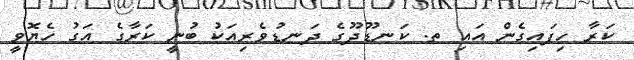
ކަރާ ހިފައިގެން އައި ތ. ކަނޑޫދޫގެ ދަނޑުވެރިއަކު ބުނީ ކަރާގެ އަގު ހެޔޮވީ